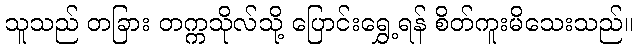
သူသည် တခြား တက္ကသိုလ်သို့ ပြောင်းရွှေ့ရန် စိတ်ကူးမိသေးသည်။